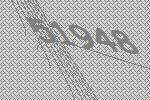
51948